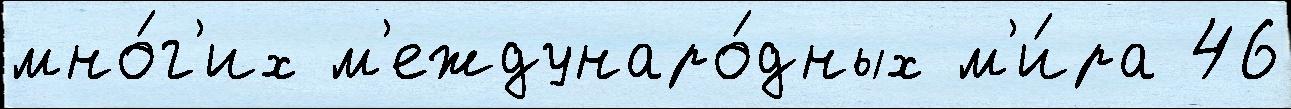
мно́г'их м'еждунаро́дных м'и́ра 46